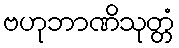
ဗဟုဘာဏိသုတ္တံ